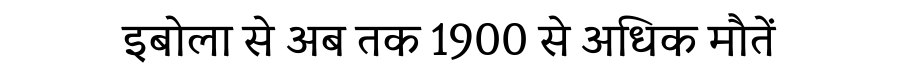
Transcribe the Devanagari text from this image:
इबोला से अब तक 1900 से अधिक मौतें